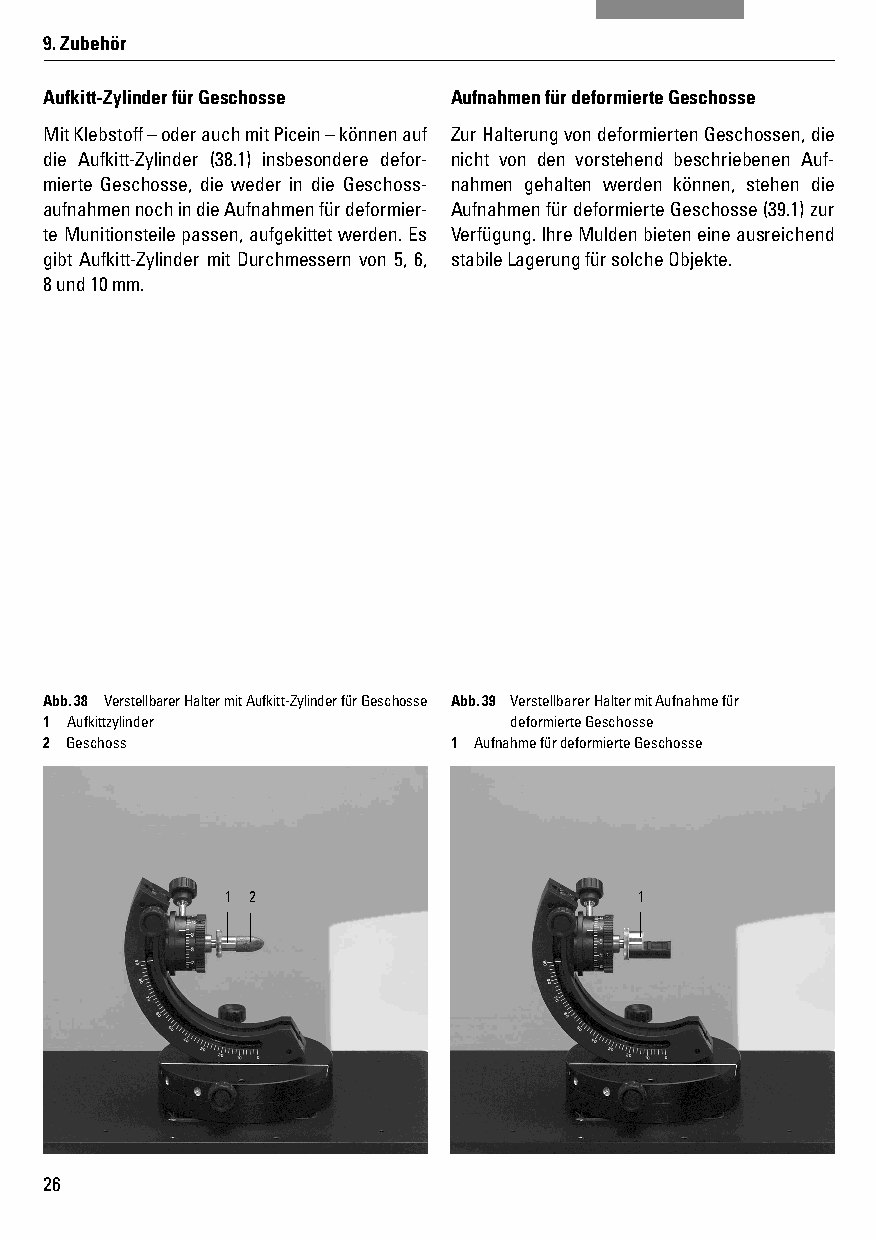
9. Zubehör
 Aufkitt-Zylinder für Geschosse Aufnahmen für deformierte Geschosse
 Mit Klebstoff – oder auch mit Picein – können auf Zur Halterung von deformierten Geschossen, die
 die Aufkitt-Zylinder (38.1) insbesondere defor- nicht von den vorstehend beschriebenen Auf-
 mierte Geschosse, die weder in die Geschoss- nahmen gehalten werden können, stehen die
 aufnahmen noch in die Aufnahmen für deformier- Aufnahmen für deformierte Geschosse (39.1) zur
 te Munitionsteile passen, aufgekittet werden. Es Verfügung. Ihre Mulden bieten eine ausreichend
 gibt Aufkitt-Zylinder mit Durchmessern von 5, 6, stabile Lagerung für solche Objekte.
 8 und 10 mm.
 Abb. 38 Verstellbarer Halter mit Aufkitt-Zylinder für Geschosse Abb. 39 Verstellbarer Halter mit Aufnahme für
 1 Aufkittzylinder              deformierte Geschosse
 2 Geschoss                 1 Aufnahme für deformierte Geschosse
 1 2                        1
 26